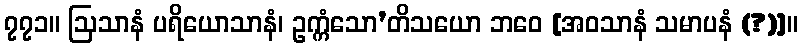
၇၇၁။ ဩသာနံ ပရိယောသာနံ၊ ဥက္ကံသော’တိသယော ဘဝေ [အဝသာနံ သမာပနံ (?)]။